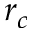
r _ { c }